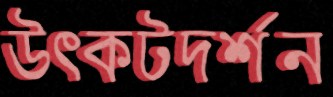
উৎকটদর্শন